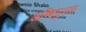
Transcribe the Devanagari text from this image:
अम्बिगुउस